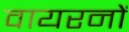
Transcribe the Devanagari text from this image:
वायरनों